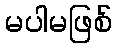
မပါမဖြစ်